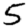
Digit: 5